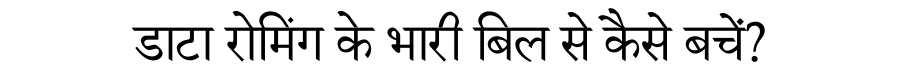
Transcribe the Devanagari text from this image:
डाटा रोमिंग के भारी बिल से कैसे बचें?